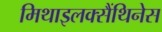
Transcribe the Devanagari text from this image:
मिथाइलक्सैंथिनेस